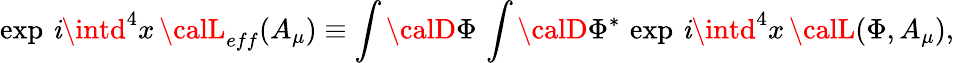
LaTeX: \exp\, \mathit{i}\intd^{4}x\, {\calL}_{eff}(A_{\mu})\equiv\int{\calD}\Phi\, \int{\calD}\Phi^{*}\, \exp\, \mathit{i}\intd^{4}x\, {\calL}(\Phi,A_{\mu}),